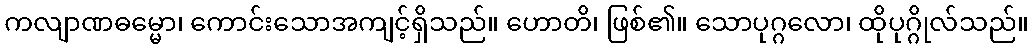
ကလျာဏဓမ္မော၊ ကောင်းသောအကျင့်ရှိသည်။ ဟောတိ၊ ဖြစ်၏။ သောပုဂ္ဂလော၊ ထိုပုဂ္ဂိုလ်သည်။